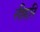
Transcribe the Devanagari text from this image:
तीहरि